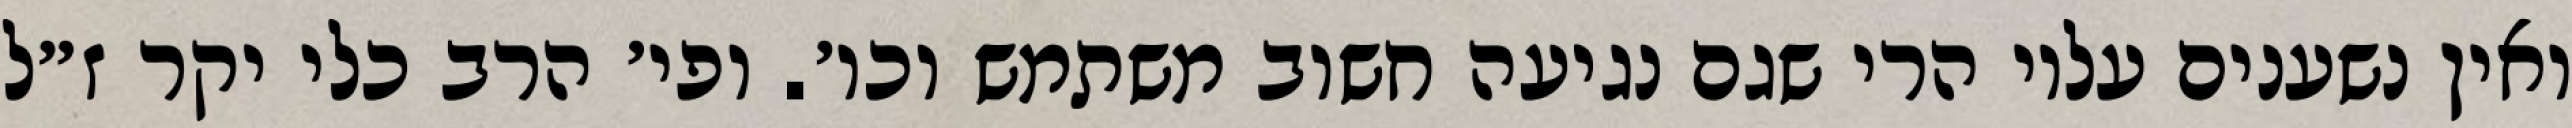
ואין נשענים עליו הרי שגם נגיעה חשוב משתמש וכו׳. ופי׳ הרב כלי יקר ז״ל